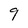
Character: 9